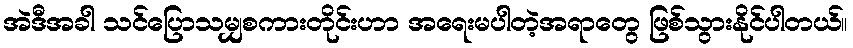
အဲဒီအခါ သင်ပြောသမျှစကားတိုင်းဟာ အရေးမပါတဲ့အရာတွေ ဖြစ်သွားနိုင်ပါတယ်။